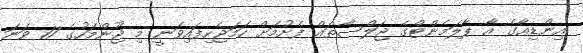
އިންޑިއާގެ އާ ޕާލަމެންޓްގެ ޖަލްސާތައް ފެށުމަށް ހަމަޖެހިފައިވަނީ މި ޖޫންމަހުގެ 17 ވަނަ